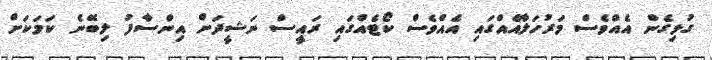
ގުޅިގެން އެއްވެސް މަރުހަލާއެއްގައި އެއްވެސް ކޯޓެއްގައި ރައީސް ނަޝީދަށް އިންސާފު ލިބޭނެ ކަމަކަށް